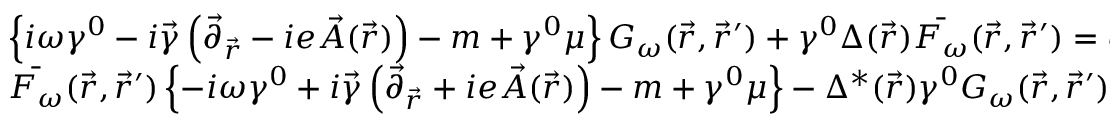
\begin{array} { l } { { \left\{ i \omega \gamma ^ { 0 } - i \vec { \gamma } \left( \vec { \partial } _ { \vec { r } } - i e \vec { A } ( \vec { r } ) \right) - m + \gamma ^ { 0 } \mu \right\} G _ { \omega } ( \vec { r } , \vec { r } ^ { \prime } ) + \gamma ^ { 0 } \Delta ( \vec { r } ) \bar { F _ { \omega } } ( \vec { r } , \vec { r } ^ { \prime } ) = \delta ( \vec { r } - \vec { r } ^ { \prime } ) , } } \\ { { \bar { F _ { \omega } } ( \vec { r } , \vec { r } ^ { \prime } ) \left\{ - i \omega \gamma ^ { 0 } + i \vec { \gamma } \left( \vec { \partial } _ { \vec { r } } + i e \vec { A } ( \vec { r } ) \right) - m + \gamma ^ { 0 } \mu \right\} - \Delta ^ { * } ( \vec { r } ) \gamma ^ { 0 } G _ { \omega } ( \vec { r } , \vec { r } ^ { \prime } ) = 0 , } } \end{array}